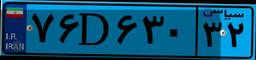
۷۶D۶۳۰۳۲